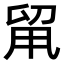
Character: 𠝈